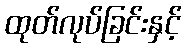
ထုတ်လုပ်ခြင်းနှင့်